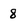
Character: 8